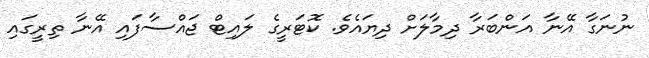
ނުނަގާ އޭނާ އަންބަރާ ދިމާލަށް ދިޔައެވެ. ކޮޓަރީގެ ލައިޓް ޖައްސާފައި އޭނާ ތިރީގައި